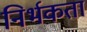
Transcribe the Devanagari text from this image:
निर्भकता